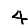
Digit: 4